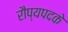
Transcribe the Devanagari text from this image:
रौप्यपदके